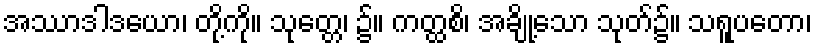
အဿာဒါဒယော၊ တို့ကို။ သုတ္တေ၊ ၌။ ကတ္ထစိ၊ အချို့သော သုတ်၌။ သရူပတော၊